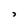
Character: i